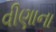
વીણાના